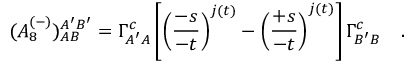
( { \cal A } _ { 8 } ^ { ( - ) } ) _ { A B } ^ { A ^ { \prime } B ^ { \prime } } = \Gamma _ { A ^ { \prime } A } ^ { c } \left[ \left( \frac { - s } { - t } \right) ^ { j ( t ) } - \left( \frac { + s } { - t } \right) ^ { j ( t ) } \right] \Gamma _ { B ^ { \prime } B \mathrm { ~ \ \ } } ^ { c } .